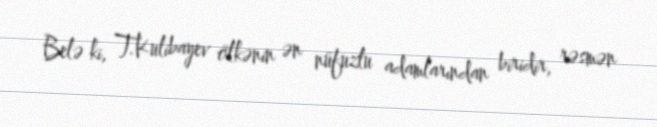
Belə ki, T.Kulibayev ölkənin ən nüfuzlu adamlarından biridir, rəsmən